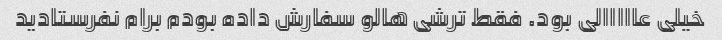
خیلی عااااالی بود. فقط ترشی هالو سفارش داده بودم برام نفرستادید